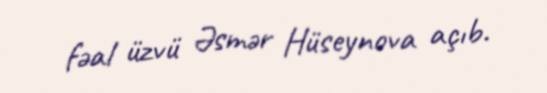
fəal üzvü Əsmər Hüseynova açıb.